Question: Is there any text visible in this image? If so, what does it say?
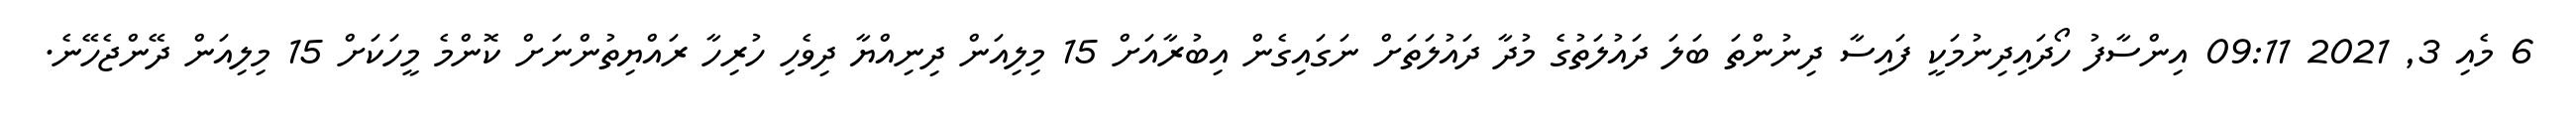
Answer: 6 މެއި 3, 2021 09:11 އިންސާފު ހޯދައިދިނުމަކީ ފައިސާ ދިނުންތަ ބަލަ ދައުލަތުގެ މުދާ ދައުލަތަށް ނަގައިގެން އިބުރާއަށް 15 މިލިއަން ދިނިއްޔާ ދިވެހި ހުރިހާ ރައްޔިތުންނަށް ކޮންމެ މީހަކަށް 15 މިލިއަން ދޭންޖެހޭނެ.